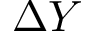
\Delta Y